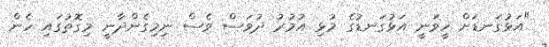
"އަޅުގަނޑަށް ހީވަނީ އަޅުގަނޑުގެ މުޅި އުމުރު ދުވަސް ވެސް ނިމިގެންދާނީ މިގޮތުގައި ހެން